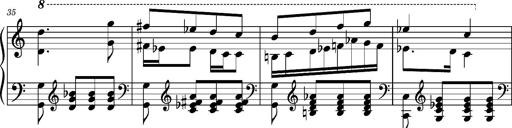
Title: Ungarischer Romanzero
Composer: Franz Liszt